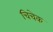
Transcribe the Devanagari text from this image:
चिचेक